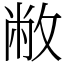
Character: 敝